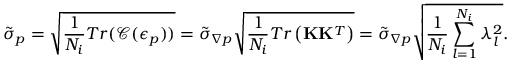
\tilde { \sigma } _ { p } = \sqrt { \frac { 1 } { N _ { i } } T r ( \mathcal { C } ( \boldsymbol { \epsilon } _ { p } ) ) } = \tilde { \sigma } _ { \boldsymbol { \nabla } p } \sqrt { \frac { 1 } { N _ { i } } T r \left( \mathbf { K } \mathbf { K } ^ { T } \right) } = \tilde { \sigma } _ { \boldsymbol { \nabla } p } \sqrt { \frac { 1 } { N _ { i } } \sum _ { l = 1 } ^ { N _ { i } } \lambda _ { l } ^ { 2 } } .